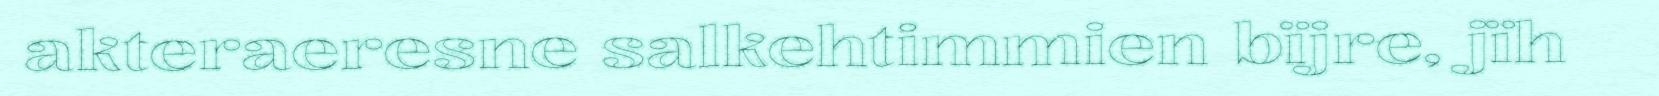
akteraeresne salkehtimmien bïjre, jïh